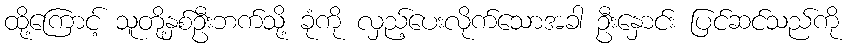
ထို့ကြောင့် သူတို့နှစ်ဦးဘက်သို့ ခုံကို လှည့်ပေးလိုက်သောအခါ ဦးနှောင်း ပြင်ဆင်သည်ကို